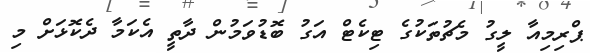
ޕްރިމިއާ ލީގު މެޗުތަކުގެ ޓިކެޓް އަގު ބޮޑުވަމުން ދާތީ އެކަމާ ދެކޮޅަށް މި